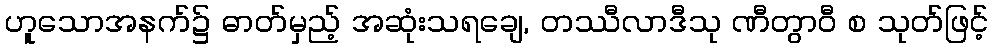
ဟူသောအနက်၌ ဓာတ်မှည့် အဆုံးသရချေ, တဿီလာဒီသု ဏီတွာဝီ စ သုတ်ဖြင့်